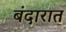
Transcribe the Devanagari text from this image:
बंदारात